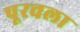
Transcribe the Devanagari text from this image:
पूरवला